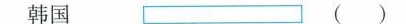
韩国()